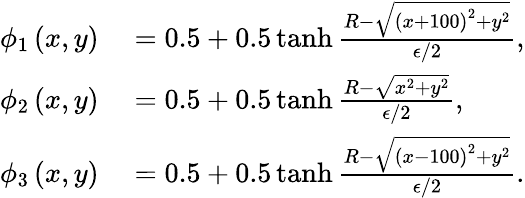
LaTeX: \begin{array}{rl}{\phi_{1}\left(x,y\right)}&{{}=0.5+0.5\operatorname{tanh}\frac{R-\sqrt{\left(x+100\right)^{2}+y^{2}}}{\epsilon/2},}\\ {\phi_{2}\left(x,y\right)}&{{}=0.5+0.5\operatorname{tanh}\frac{R-\sqrt{x^{2}+y^{2}}}{\epsilon/2},}\\ {\phi_{3}\left(x,y\right)}&{{}=0.5+0.5\operatorname{tanh}\frac{R-\sqrt{\left(x-100\right)^{2}+y^{2}}}{\epsilon/2}.}\end{array}